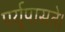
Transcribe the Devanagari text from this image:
पर्युपासते।